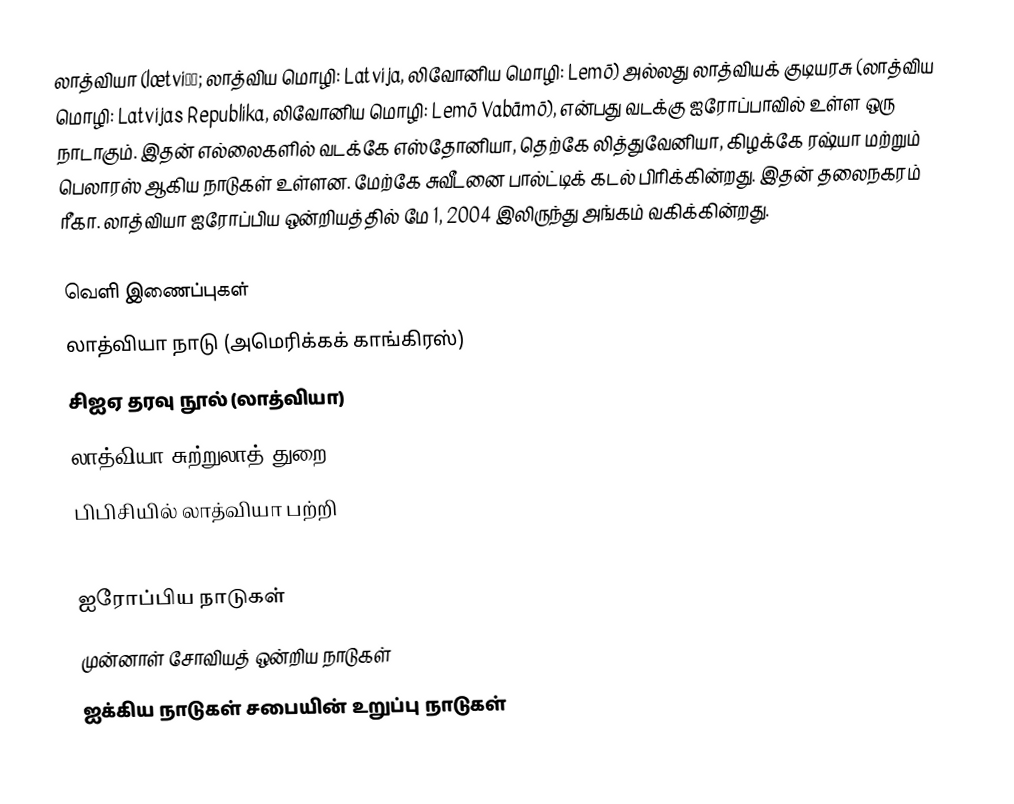
லாத்வியா (lætviːə; லாத்விய மொழி: Latvija, லிவோனிய மொழி: Lemō) அல்லது லாத்வியக் குடியரசு (லாத்விய மொழி: Latvijas Republika, லிவோனிய மொழி: Lemō Vabāmō), என்பது வடக்கு ஐரோப்பாவில் உள்ள ஒரு நாடாகும். இதன் எல்லைகளில் வடக்கே எஸ்தோனியா, தெற்கே லித்துவேனியா, கிழக்கே ரஷ்யா மற்றும் பெலாரஸ் ஆகிய நாடுகள் உள்ளன. மேற்கே சுவீடனை பால்ட்டிக் கடல் பிரிக்கின்றது. இதன் தலைநகரம் ரீகா. லாத்வியா ஐரோப்பிய ஒன்றியத்தில் மே 1, 2004 இலிருந்து அங்கம் வகிக்கின்றது.

வெளி இணைப்புகள்
 லாத்வியா நாடு (அமெரிக்கக் காங்கிரஸ்)
 சிஐஏ தரவு நூல் (லாத்வியா)
 லாத்வியா சுற்றுலாத் துறை
 பிபிசியில் லாத்வியா பற்றி

ஐரோப்பிய நாடுகள்
முன்னாள் சோவியத் ஒன்றிய நாடுகள்
ஐக்கிய நாடுகள் சபையின் உறுப்பு நாடுகள்